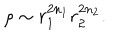
LaTeX: \rho \sim r _ { 1 } ^ { 2 n _ { 1 } } r _ { 2 } ^ { 2 n _ { 2 } } .